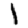
Digit: 1